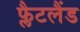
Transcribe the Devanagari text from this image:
फ्लैटलैंड